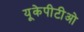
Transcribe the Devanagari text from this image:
यूकेपीटीओ